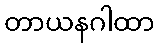
တာယနဂါထာ